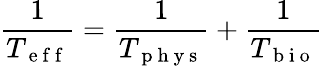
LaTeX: \frac{1}{T_{\mathrm{~e~f~f~}}}=\frac{1}{T_{\mathrm{~p~h~y~s~}}}+\frac{1}{T_{\mathrm{~b~i~o~}}}